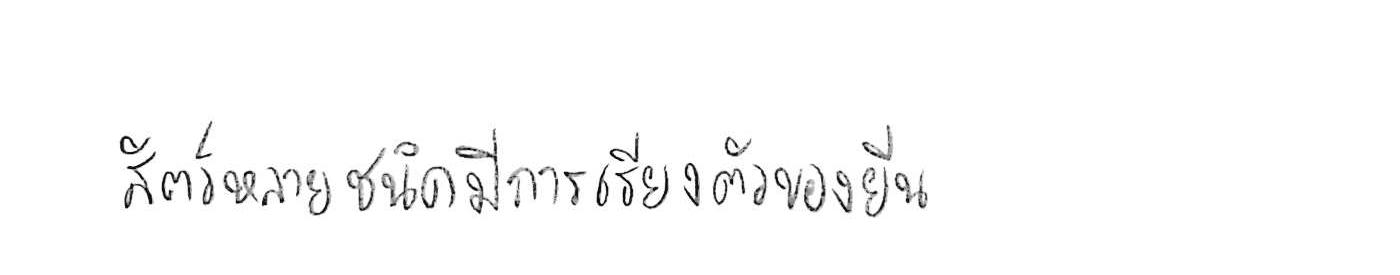
สัตว์หลายชนิดมีการเรียงตัวของยีน